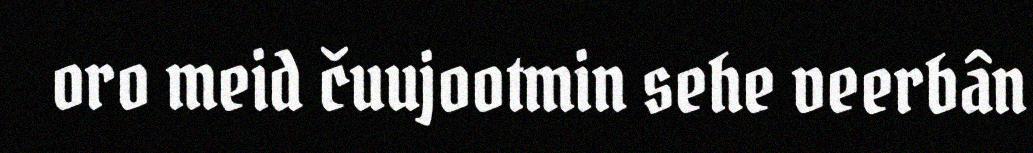
oro meid čuujootmin sehe veerbân